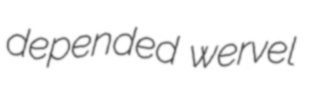
depended wervel